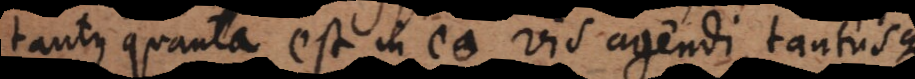
tantus quanta est in eo vis agendi, tantusque